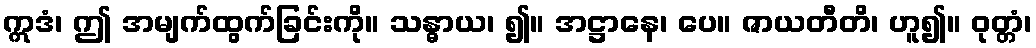
ဣဒံ၊ ဤ အမျက်ထွက်ခြင်းကို။ သန္ဓာယ၊ ၍။ အဋ္ဌာနေ၊ ပေ။ ဇာယတီတိ၊ ဟူ၍။ ဝုတ္တံ၊